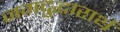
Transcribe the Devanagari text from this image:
जगदुद्धारार्थ